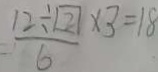
\frac { 1 2 \div 2 } { 6 } \times 3 = 1 8